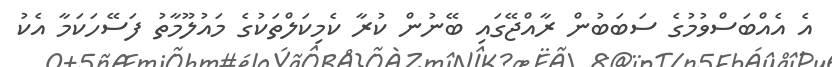
އެ އެއްބަސްވުމުގެ ސަބަބުން ރާއްޖޭގައި ބޭނުން ކުރާ ކެމިކަލްތަކުގެ މައުލޫމާތު ފަސޭހަކަމާ އެކު